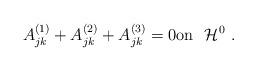
LaTeX: \begin{align*} A_{jk}^{(1)}+A_{jk}^{(2)}+A_{jk}^{(3)} = 0 \mbox{on} \ \ \mathcal H^0 \ . \end{align*}